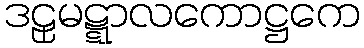
ဒဠှမဋ္ဋာလကောဋ္ဌကေ